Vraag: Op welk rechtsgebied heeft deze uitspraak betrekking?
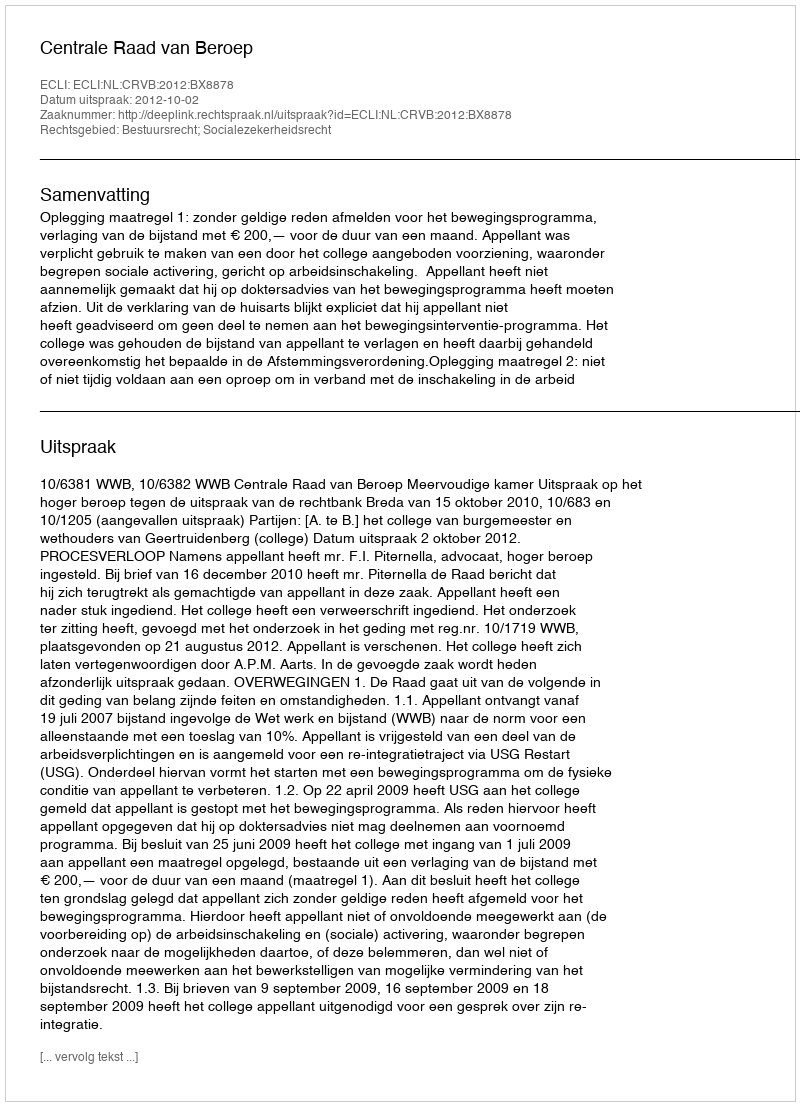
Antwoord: Bestuursrecht; Socialezekerheidsrecht